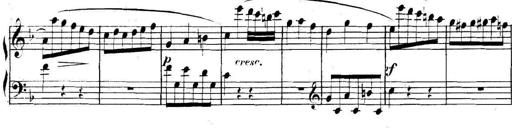
Title: Collected Piano Sonatas
Composer: Muzio Clementi